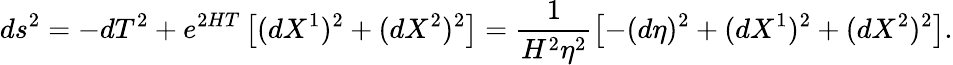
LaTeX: ds^{2}=-dT^{2}+e^{2HT}\left[(dX^{1})^{2}+(dX^{2})^{2}\right]=\frac{1}{H^{2}\eta^{2}}\left[-(d\eta)^{2}+(dX^{1})^{2}+(dX^{2})^{2}\right].